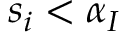
s _ { i } < \alpha _ { I }